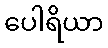
ပေါရိယာ